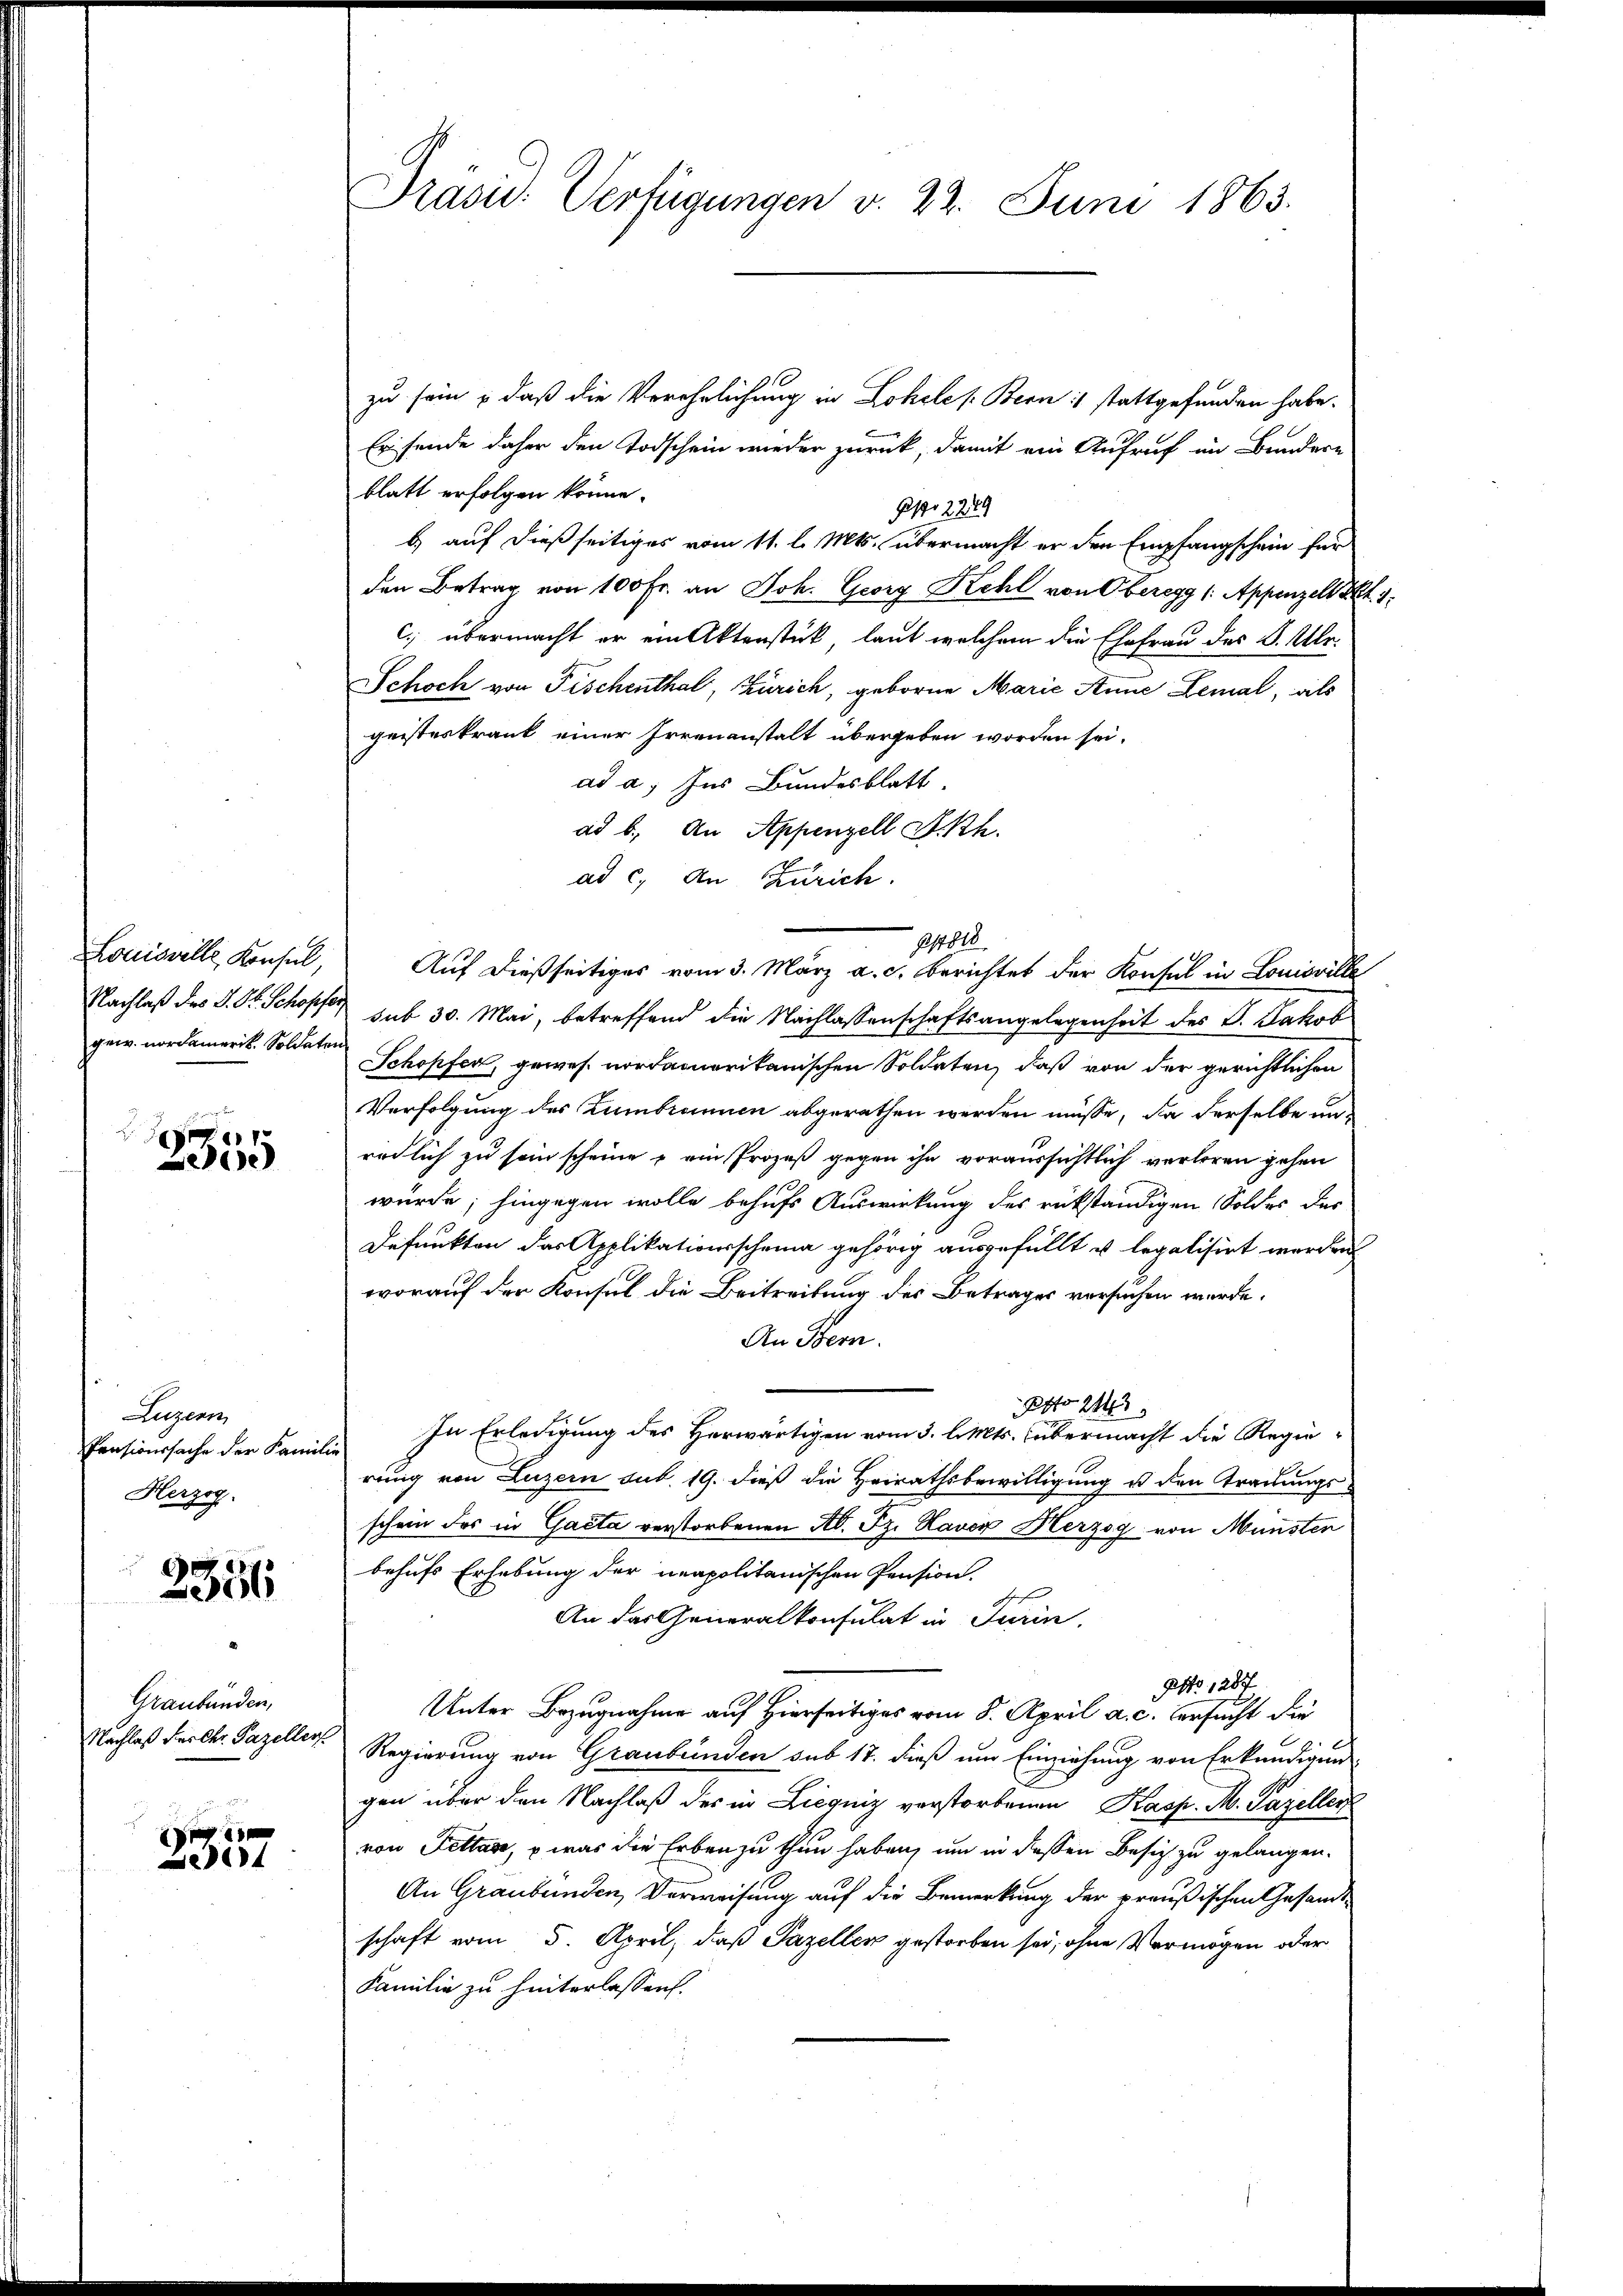
gew. nordamerik. Soldaten

881.
2300

Luzern,
Pensionssache der Familie
Herzog

2356

Graubünden,

e

Präsid. Verfügungen v. 22. Juni 1863.

zu sein , daß die Verehelichung in Lohele s. Bern: stattgefunden habe.
Ersende daher den Todschein wieder zurück, damit ein Aufruf im Bundere
blatt erfolgen könne.
po 229
b.) auf dießseitiges vom 11. l. Mts. übermacht er den Empfangschein für
den Betrag von 100 Fr. an Joh. Georg Kehl von Oberegg (: Appenzell Pkt. 1
c) übermacht er ein Aktenstük laut welchem die Ehefrau des P. Ube¬
Schoch von Fischenthal, Zürich, geboren Marie Anne Lemal, als
geisteskrank einer Irrenanstalt übergeben worden sei.
ad a. Ins Bundesblatt.
ad b. An Appenzell Skh.
ad c. An Zürich.
11810.
Louisville Konsul, Auf dießseitiges vom 3. März a. c. berichtet der Konsul in Louisville
Nachlaß des J. St. Schopfe sub 30. Mai, betreffend die Nachlassenschaftsangelegenheit des V. Jakob
Schopfer, gewes nordamerikanischen Soldaten, daß von der gerichtlichen
Verfolgung des Zumbrannen abgerathen werden müsse, da derselbe un-
redlich zu sein scheine – ein Prozeß gegen ihn voraussichtlich verloren gehen
würde; hingegen wolle behufs Auswirkung des rükständigen Soldes des
Defunkten das Applikationsscheina gehörig ausgefüllt u legalisirt werden
worauf der Konsul die Beitreibung des Betrages versuchen werde.
An Bern.
Otto 243
In Erledigung des Herwärtigen vom 3. l. Mts. übermacht die Regie-
rung von Luzern sub. 19. dieß die Heirathsbewilligung u den Trauungsschein des in Gacta verstorbenen Ab. Fr. Haver Herzog von Münster
behufs Erhebung der unapolitanischen Pension.
An das Generalkonsulat in Turin,
Otto 1287
Unter Bezugnahme auf Hierseitiges vom 8. April a. c. versucht die
6
Nachlaß der k. Pazeller Regierung von Graubünden sub 17. dieß um Einziehung von Erkundigung
gen über den Nachlaß des in Liequis verstorbenen Kasp. M. Pazellen
von Fettage, – was die Erben zu thun haben, um in dessen Besich zu gelangen.
An Graubünden, Verweisung auf die Bemerkung der preußischen Gesandtschaft vom 5. April, daß Pazellen gestorben sei, ohne Vermögen oder
Familie zu hinterlassen.